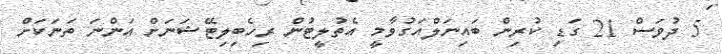
5 ދުވަސް 21 ގަޑި ކުރިން ބައިނަލްއަގުވާމީ އެތުލީޓުން ރިހެބިލިޓޭޝަނަށް އަންނަ ތަނަކަށް